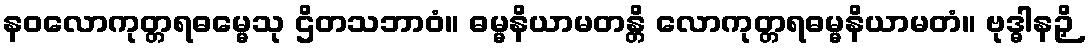
နဝလောကုတ္တရဓမ္မေသု ဌိတသဘာဝံ။ ဓမ္မနိယာမတန္တိ လောကုတ္တရဓမ္မနိယာမတံ။ ဗုဒ္ဓါနဉှိ